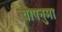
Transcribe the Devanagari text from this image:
चापनुमा